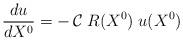
LaTeX: \begin{align*}{{du}\over{dX^0}} = - \, {\cal C}\; R(X^0) \; u(X^0)\end{align*}